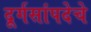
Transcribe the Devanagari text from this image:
दूर्गसांपदेचे